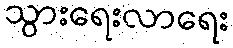
သွားရေးလာရေး